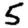
Digit: 5